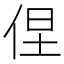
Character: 𱎰